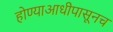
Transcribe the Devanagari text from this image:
होण्याआधीपासूनच